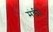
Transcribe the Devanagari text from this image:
मंडी।